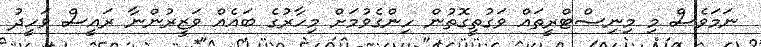
ނަމަވެސް މި މިނިސްޓްރީތައް ވަގުތީގޮތުން ހިންގެވުމަށް މިހާރުގެ ބައެއް ވަޒީރުންނާ ރައީސް ވަހީދު